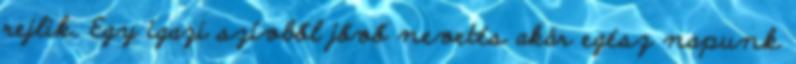
rejlik. Egy igazi szívből jővő nevetés akár egész napunk